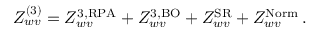
Z _ { w v } ^ { ( 3 ) } = Z _ { w v } ^ { \mathrm { 3 , R P A } } + Z _ { w v } ^ { \mathrm { 3 , B O } } + Z _ { w v } ^ { \mathrm { S R } } + Z _ { w v } ^ { \mathrm { N o r m } } \, .